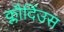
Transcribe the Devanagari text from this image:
क्लौदिंउस